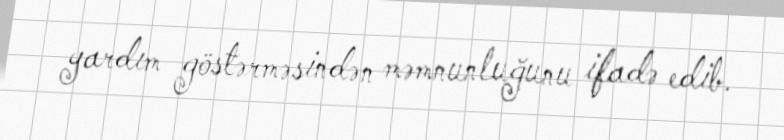
yardım göstərməsindən məmnunluğunu ifadə edib.